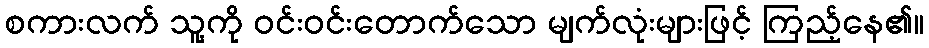
စကားလက် သူ့ကို ဝင်းဝင်းတောက်သော မျက်လုံးများဖြင့် ကြည့်နေ၏။